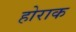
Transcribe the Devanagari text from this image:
होराक